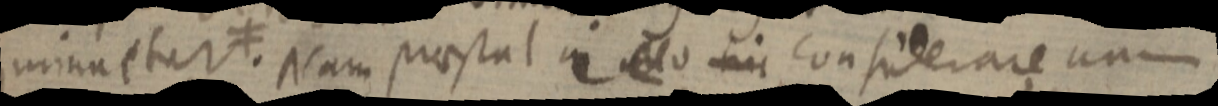
minattur. ≠ Nam praestal in hic considerare un